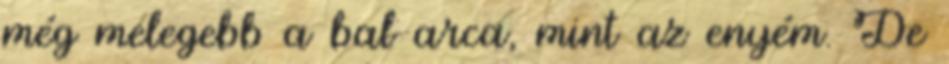
még melegebb a bal arca, mint az enyém. De